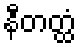
နီတတ္ထံ